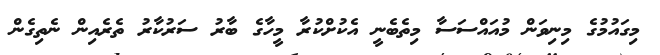
މިގައުމުގެ މިނިވަން މުއައްސަސާ މިތެބެނީ އެކުށްކުރާ މީހާގެ ބާރު ސަރުކާރު ތެރެއިން ނެތިގެން